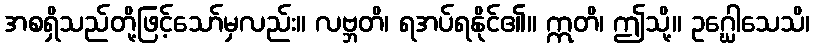
အစရှိသည်တို့ဖြင့်သော်မှလည်း။ လဗ္ဘတိ၊ ရအပ်ရနိုင်၏။ ဣတိ၊ ဤသို့။ ဥဂ္ဃေါသေသိ၊